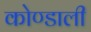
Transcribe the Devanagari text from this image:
कोण्डाली